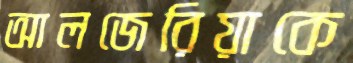
আলজেরিয়াকে